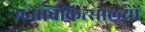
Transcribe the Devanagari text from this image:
मनोचिकित्सालयों